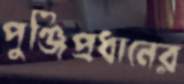
পুঞ্জিপ্রধানের